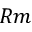
R m